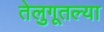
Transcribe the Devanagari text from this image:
तेलुगूतल्या